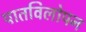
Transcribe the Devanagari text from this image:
पातविलोपन